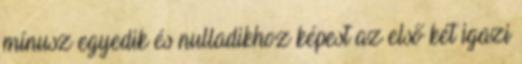
mínusz egyedik és nulladikhoz képest az első két igazi